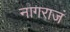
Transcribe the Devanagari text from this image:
नागराजं